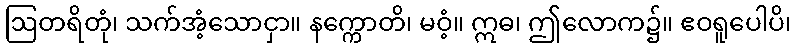
ဩတရိတုံ၊ သက်အံ့သောငှာ။ နက္ကောတိ၊ မဝံ့။ ဣဓ၊ ဤလောက၌။ ဧဝရူပေါပိ၊